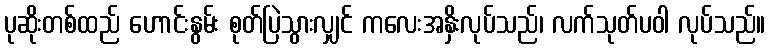
ပုဆိုးတစ်ထည် ဟောင်းနွမ်း စုတ်ပြဲသွားလျှင် ကလေးအနှိးလုပ်သည်၊ လက်သုတ်ပဝါ လုပ်သည်။